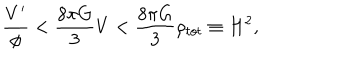
\frac { V ^ { \prime } } { \phi } < \frac { 8 \pi G } { 3 } V < \frac { 8 \pi G } { 3 } \rho _ { t o t } \equiv H ^ { 2 } ,